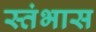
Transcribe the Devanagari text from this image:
स्तंभास